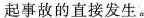
起事故的直接发生。